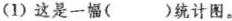
(1)这是一幅()统计图。